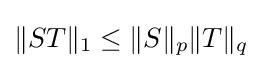
\|ST\|_{1}\leq \|S\|_{p}\|T\|_{q}